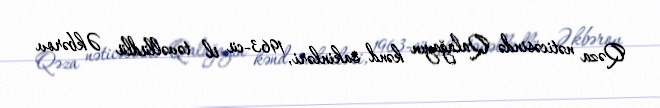
Qəza nəticəsində Qalağayın kənd sakinləri, 1963-cü il təvəllüdlü Əkbərov